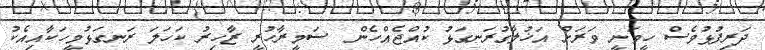
ދަރިފުޅުވެސް ހީވަނީ ވަރަށް އަޚުލާގުރަނގަޅު ކުއްޖެއްހެން  ސަމީރާހުރީ ޒާހިރު ކަހަލަ ރަނގަޅުމީހަކާއިއެކު